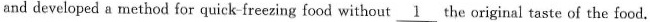
and developed a method for quick-freezing food without \underline{1}the original taste of the food.